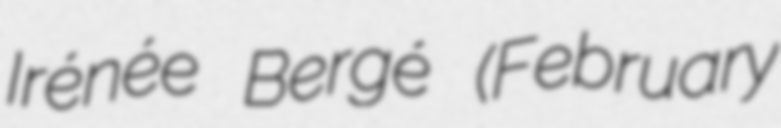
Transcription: Irénée Bergé (February